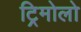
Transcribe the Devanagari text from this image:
ट्रिमोलो